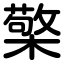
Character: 檠